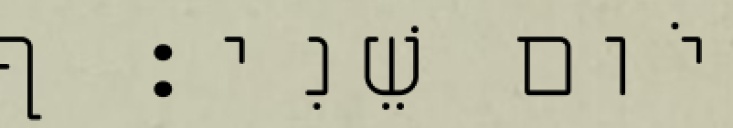
יֹום שֵׁנִי׃ ף